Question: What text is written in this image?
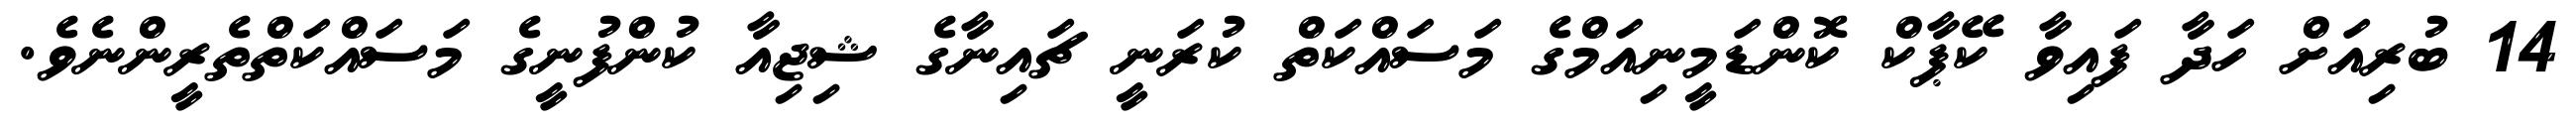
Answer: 14 ބުރިއަށް ހަދާ ފައިވާ ކޭޕާކް ކޮންޑަމީނިއަމްގެ މަސައްކަތް ކުރަނީ ޗައިނާގެ ޝިޖިއާ ކުންފުނީގެ މަސައްކަތްތެރީންނެވެ.